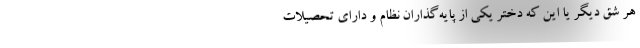
هر شق دیگر یا این که دختر یکی از پایه‌گذاران نظام و دارای تحصیلات